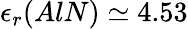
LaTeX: \epsilon_{r}(AlN)\simeq 4.53